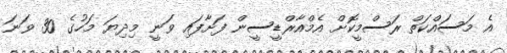
އެ މަސައްކަތް ރަސްމީކޮށް އެމްއާރްޑީސީން ފަށާފައި ވަނީ މިދިޔަ މަހުގެ 30 ވަނަ